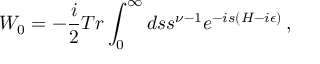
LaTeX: W _ { 0 } = - { \frac { i } { 2 } } T r \int _ { 0 } ^ { \infty } d s s ^ { \nu - 1 } e ^ { - i s ( H - i \epsilon ) } \, ,